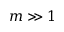
m \gg 1